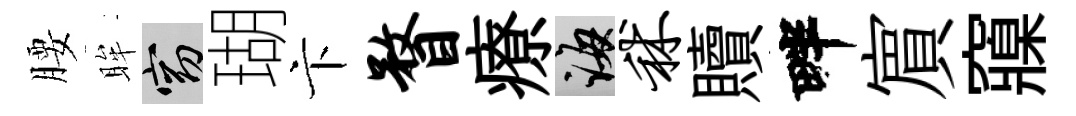
腰眸窈瑚卞瞀療誨秫贖畔賔䆿